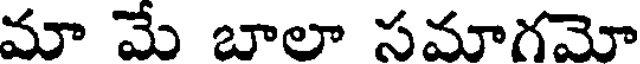
మా మే బాలా సమాగమో